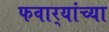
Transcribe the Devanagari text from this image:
फवार्‍यांच्या